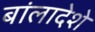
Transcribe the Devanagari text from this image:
बांलादेशे